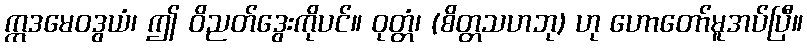
ဣဒမေဝဒွယံ၊ ဤ ဝိညတ်ဒွေးကိုပင်။ ဝုတ္တံ၊ (စိတ္တသဟဘု) ဟု ဟောတော်မူအပ်ပြီ။